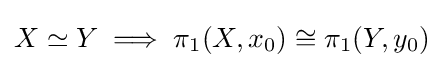
X\simeq Y\implies \pi _{1}(X,x_{0})\cong \pi _{1}(Y,y_{0})